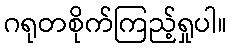
ဂရုတစိုက်ကြည့်ရှုပါ။